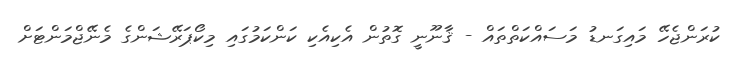
ކުރަންޖެހޭ މައިގަނޑު މަސައްކަތްތައް - ޤާނޫނީ ގޮތުން އެކިއެކި ކަންކަމުގައި މިކޯޕަރޭޝަންގެ މެނޭޖްމަންޓަށް